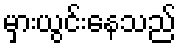
မှားယွင်းနေသည်